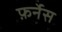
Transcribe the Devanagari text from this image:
फ़र्नेस